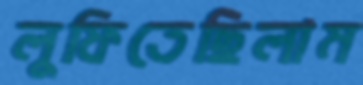
লুফিতেছিলাম